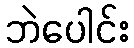
ဘဲပေါင်း